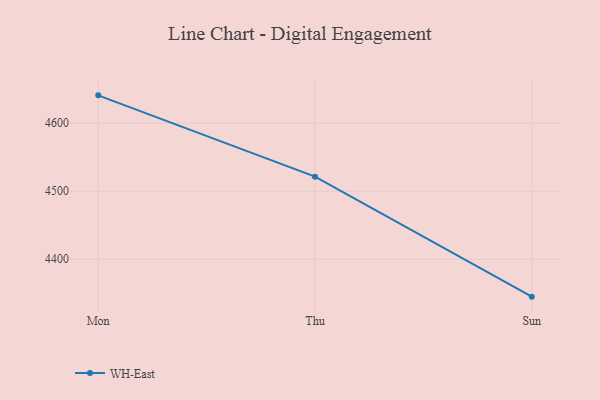
{"axis": {"x": "Day", "y": "Page Views"}, "legend": ["WH-East"], "data": [{"x": "Mon", "y": 4640.8, "type": "WH-East"}, {"x": "Thu", "y": 4521.4, "type": "WH-East"}, {"x": "Sun", "y": 4345.1, "type": "WH-East"}]}